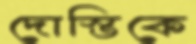
দোস্তিকে